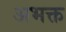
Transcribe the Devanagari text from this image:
अभक्त